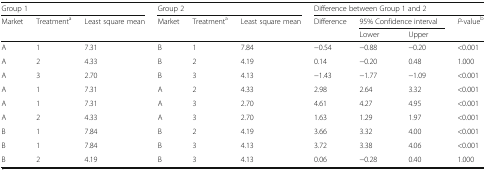
| <COLSPAN=3> Group 1 | <COLSPAN=3> Group 2 | <COLSPAN=4> Difference between Group 1 and 2 |
 | Market | Treatmenta | Least square mean | Market | Treatmenta | Least square mean | Difference | <COLSPAN=2> 95% Confidence interval | P-valueb |
 |  |  |  |  |  |  |  | Lower | Upper |  |
 | --- | --- | --- | --- | --- | --- | --- | --- | --- | --- |
 | A | 1 | 7.31 | B | 1 | 7.84 | −0.54 | −0.88 | −0.20 | <0.001 |
 | A | 2 | 4.33 | B | 2 | 4.19 | 0.14 | −0.20 | 0.48 | 1.000 |
 | A | 3 | 2.70 | B | 3 | 4.13 | −1.43 | −1.77 | −1.09 | <0.001 |
 | A | 1 | 7.31 | A | 2 | 4.33 | 2.98 | 2.64 | 3.32 | <0.001 |
 | A | 1 | 7.31 | A | 3 | 2.70 | 4.61 | 4.27 | 4.95 | <0.001 |
 | A | 2 | 4.33 | A | 3 | 2.70 | 1.63 | 1.29 | 1.97 | <0.001 |
 | B | 1 | 7.84 | B | 2 | 4.19 | 3.66 | 3.32 | 4.00 | <0.001 |
 | B | 1 | 7.84 | B | 3 | 4.13 | 3.72 | 3.38 | 4.06 | <0.001 |
 | B | 2 | 4.19 | B | 3 | 4.13 | 0.06 | −0.28 | 0.40 | 1.000 |